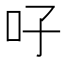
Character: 吇